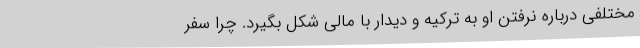
مختلفی درباره نرفتن او به ترکیه و دیدار با مالی شکل بگیرد. چرا سفر